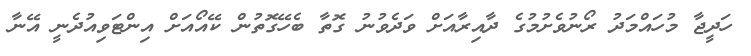
ހަދީޖާ މުހައްމަދު ރޯނުވެށުމުގެ ދާއިރާއަށް ވަދެވުނު ގޮތާ ބެހޭގޮތުން ކޭއޯއަށް އިންޓަވިއުދެނީ އޭނާ